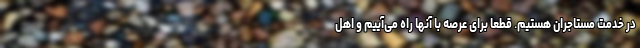
در خدمت مستاجران هستیم. قطعا برای عرصه با آنها راه می‌آییم و اهل